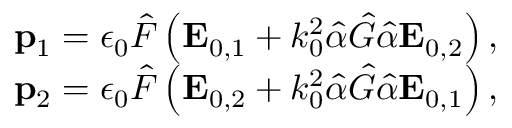
\begin{array} { r } { \mathbf p _ { 1 } = \epsilon _ { 0 } \hat { F } \left( \mathbf E _ { 0 , 1 } + k _ { 0 } ^ { 2 } \hat { \alpha } \hat { G } \hat { \alpha } \mathbf E _ { 0 , 2 } \right) , } \\ { \mathbf p _ { 2 } = \epsilon _ { 0 } \hat { F } \left( \mathbf E _ { 0 , 2 } + k _ { 0 } ^ { 2 } \hat { \alpha } \hat { G } \hat { \alpha } \mathbf E _ { 0 , 1 } \right) , } \end{array}